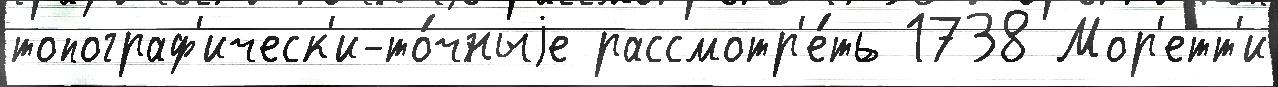
топограф'ическ'и-то́чныjе рассмотр'е́ть 1738 Мор'етт'и